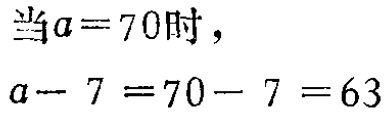
当\(a = 70\)时，

\(a - 7 = 70 - 7 = 63\)